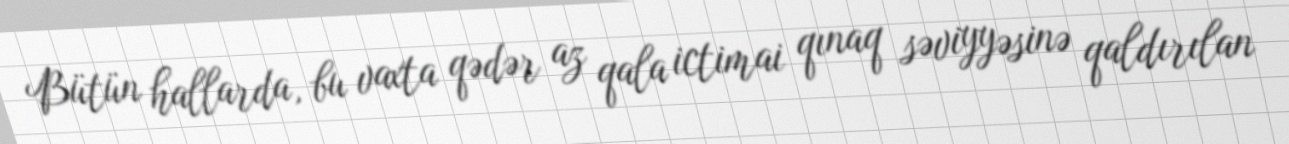
Bütün hallarda, bu vaxta qədər az qala ictimai qınaq səviyyəsinə qaldırılan